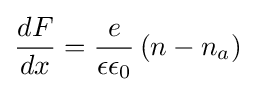
{\frac {dF}{dx}}={\frac {e}{\epsilon \epsilon _{0}}}\left(n-n_{a}\right)